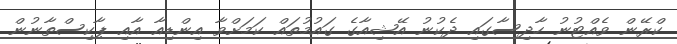
ކްރޭން ވެއްޓުނު ހާދިސާގައި ދެކުނު އޭޝިއާގެ ގައުމުތައް ކަމަށްވާ އިންޑިއާ އާއި ޕާކިސްތާނުން